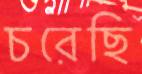
চরেছি